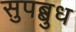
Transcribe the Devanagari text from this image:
सुपब्बुध